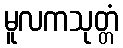
မူလကသုတ္တံ